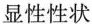
显性性状